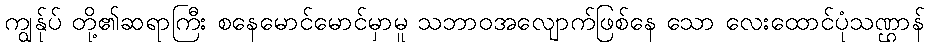
ကျွန်ုပ် တို့၏ဆရာကြီး စနေမောင်မောင်မှာမူ သဘာဝအလျောက်ဖြစ်နေ သော လေးထောင်ပုံသဏ္ဌာန်